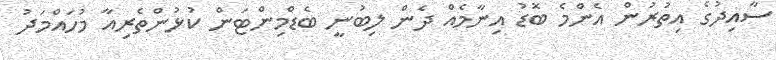
ސާއިދުގެ އިތުރުން އެންމެ ބޮޑު އިނާމެއް ދެން ލިބުނީ ބެޑްމިންޓަން ކުޅުންތެރިއާ މުހައްމަދު